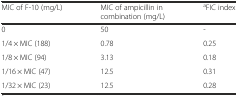
| MIC of F-10 (mg/L) | MIC of ampicillin in combination (mg/L) | aFIC index |
 | --- | --- | --- |
 | 0 | 50 | - |
 | 1/4 × MIC (188) | 0.78 | 0.25 |
 | 1/8 × MIC (94) | 3.13 | 0.18 |
 | 1/16 × MIC (47) | 12.5 | 0.31 |
 | 1/32 × MIC (23) | 12.5 | 0.28 |